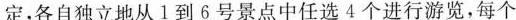
定，各自独立地从1到6号景点中任选4个进行游览，每个